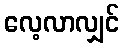
လေ့လာလျှင်